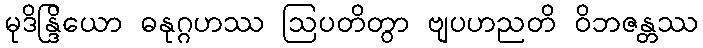
မုဒိန္ဒြိယော ဓနုဂ္ဂဟဿ ဩပတိတွာ ဗျပဟညတိ ဝိဘဇန္တဿ